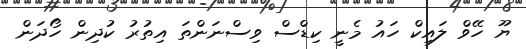
ޔޫ ހޭވް ލައިކް ހައު މެނީ ކިޑްސް ވިސްނަންތަ އިތުރު ކުދިން ހޯދަން